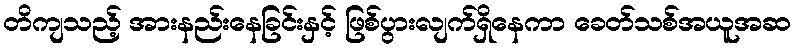
တိကျသည့် အားနည်းနေခြင်းနှင့် ဖြစ်ပွားလျက်ရှိနေကာ ခေတ်သစ်အယူအဆ